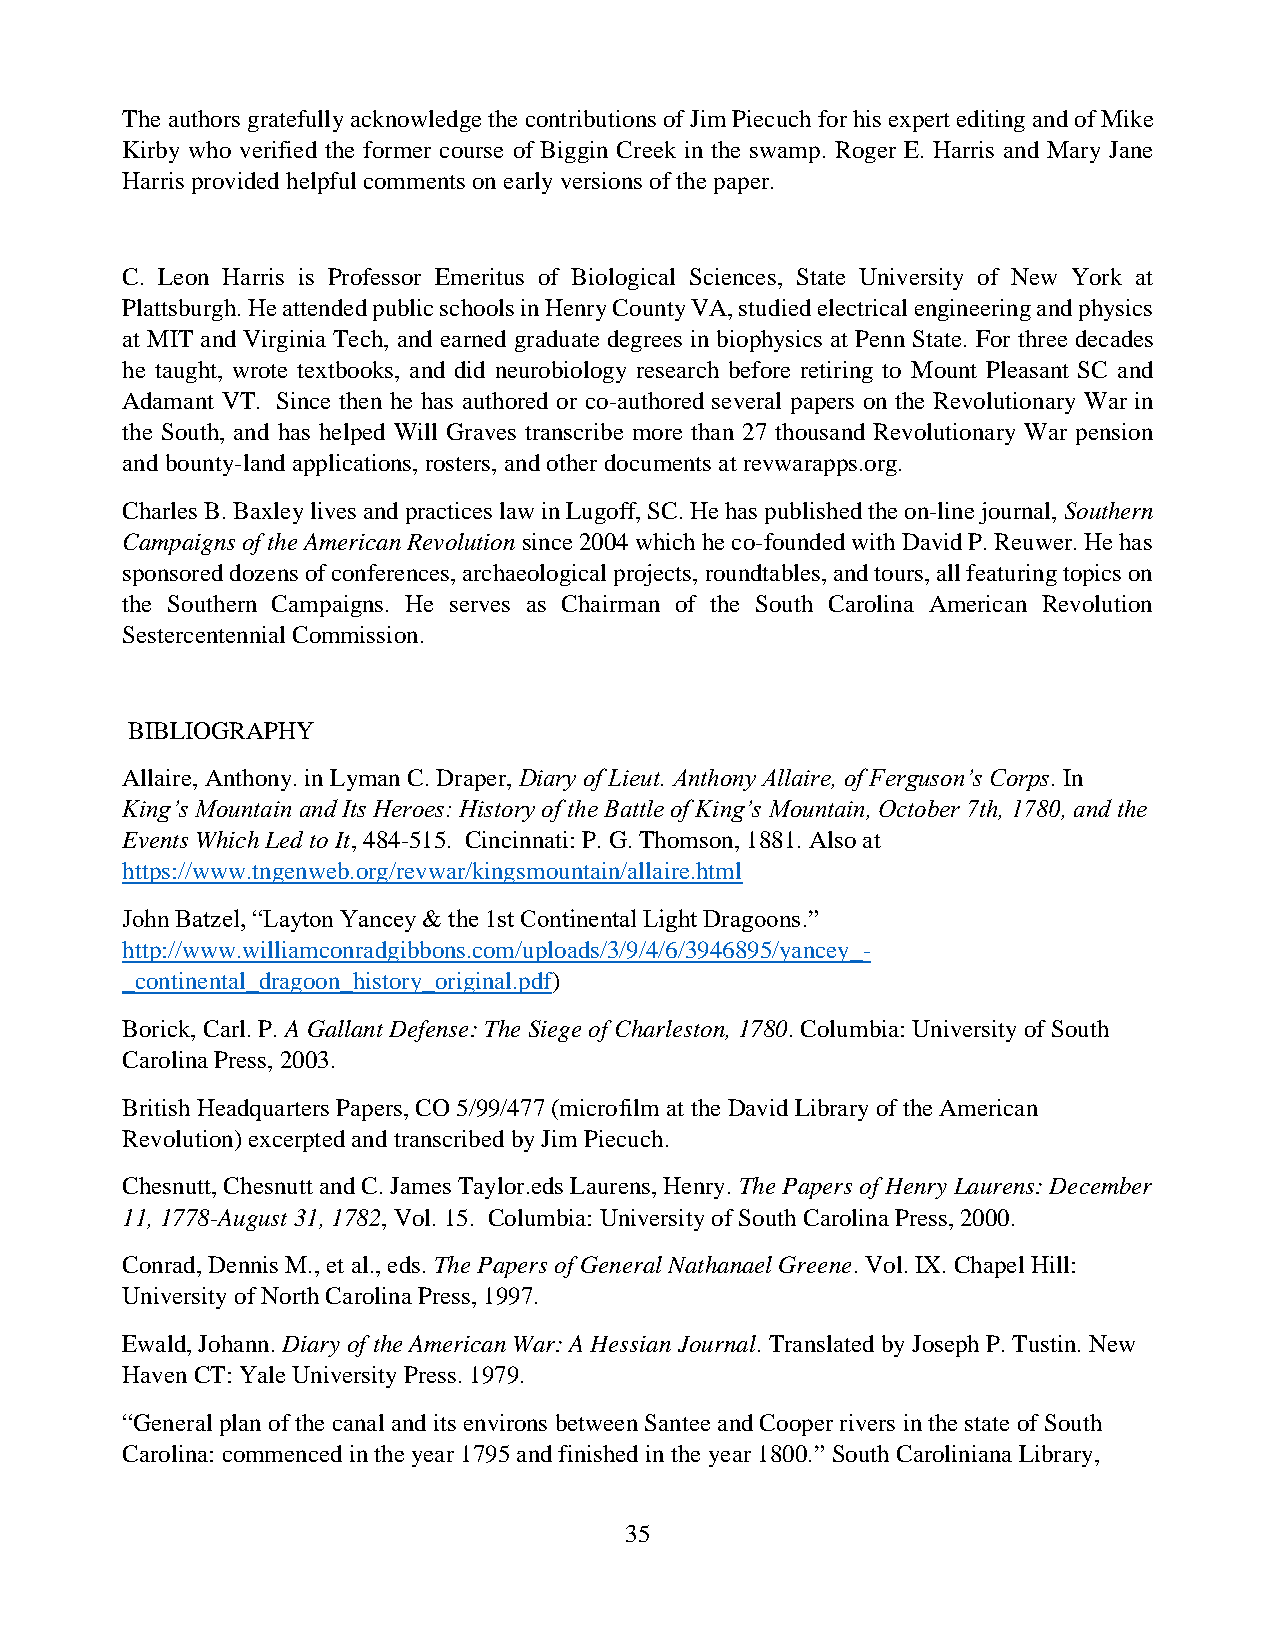
The authors gratefully acknowledge the contributions of Jim Piecuch for his expert editing and of Mike
 Kirby who verified the former course of Biggin Creek in the swamp. Roger E. Harris and Mary Jane
 Harris provided helpful comments on early versions of the paper.
 C. Leon Harris is Professor Emeritus of Biological Sciences, State University of New York at
 Plattsburgh. He attended public schools in Henry County VA, studied electrical engineering and physics
 at MIT and Virginia Tech, and earned graduate degrees in biophysics at Penn State. For three decades
 he taught, wrote textbooks, and did neurobiology research before retiring to Mount Pleasant SC and
 Adamant VT. Since then he has authored or co-authored several papers on the Revolutionary War in
 the South, and has helped Will Graves transcribe more than 27 thousand Revolutionary War pension
 and bounty-land applications, rosters, and other documents at revwarapps.org.
 Charles B. Baxley lives and practices law in Lugoff, SC. He has published the on-line journal, Southern
 Campaigns of the American Revolution since 2004 which he co-founded with David P. Reuwer. He has
 sponsored dozens of conferences, archaeological projects, roundtables, and tours, all featuring topics on
 the Southern Campaigns. He serves as Chairman of the South Carolina American Revolution
 Sestercentennial Commission.
 BIBLIOGRAPHY
 Allaire, Anthony. in Lyman C. Draper, Diary of Lieut. Anthony Allaire, of Ferguson’s Corps. In
 King’s Mountain and Its Heroes: History of the Battle of King’s Mountain, October 7th, 1780, and the
 Events Which Led to It, 484-515. Cincinnati: P. G. Thomson, 1881. Also at
 https://www.tngenweb.org/revwar/kingsmountain/allaire.html
 John Batzel, “Layton Yancey & the 1st Continental Light Dragoons.”
 http://www.williamconradgibbons.com/uploads/3/9/4/6/3946895/yancey_-
 _continental_dragoon_history_original.pdf)
 Borick, Carl. P. A Gallant Defense: The Siege of Charleston, 1780. Columbia: University of South
 Carolina Press, 2003.
 British Headquarters Papers, CO 5/99/477 (microfilm at the David Library of the American
 Revolution) excerpted and transcribed by Jim Piecuch.
 Chesnutt, Chesnutt and C. James Taylor.eds Laurens, Henry. The Papers of Henry Laurens: December
 11, 1778-August 31, 1782, Vol. 15. Columbia: University of South Carolina Press, 2000.
 Conrad, Dennis M., et al., eds. The Papers of General Nathanael Greene. Vol. IX. Chapel Hill:
 University of North Carolina Press, 1997.
 Ewald, Johann. Diary of the American War: A Hessian Journal. Translated by Joseph P. Tustin. New
 Haven CT: Yale University Press. 1979.
 “General plan of the canal and its environs between Santee and Cooper rivers in the state of South
 Carolina: commenced in the year 1795 and finished in the year 1800.” South Caroliniana Library,
 35